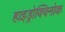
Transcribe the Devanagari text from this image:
हाइड्रोक्विनोक